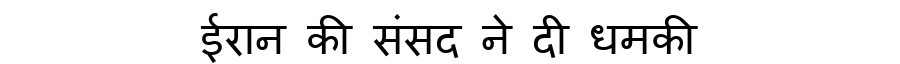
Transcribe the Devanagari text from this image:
ईरान की संसद ने दी धमकी